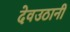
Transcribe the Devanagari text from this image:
देवउठानी